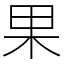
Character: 果